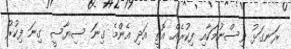
ރަނގަޅު ވިސްނުމަކާއި ފިކުރެއް އޮތީ އަދި އެންމެ ގިނަ ސިޔާސީ ގިނަ ފިކުރު